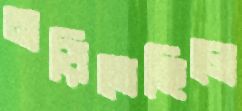
নড়িতেছিলে